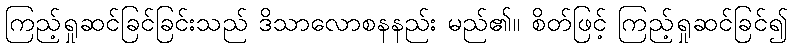
ကြည့်ရှုဆင်ခြင်ခြင်းသည် ဒိသာလောစနနည်း မည်၏။ စိတ်ဖြင့် ကြည့်ရှုဆင်ခြင်၍